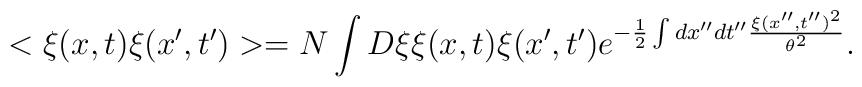
<\xi(x,t)\xi(x',t')>=N\int D\xi \xi(x,t)\xi(x',t')e^{-\frac{1}{2}\int dx''dt''\frac{\xi(x'',t'')^2}{\theta^2}}.